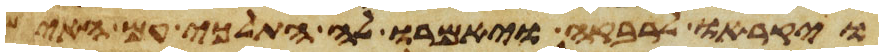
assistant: ויקראו לרבקה ויאמרו לה התלכי עם האיש